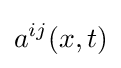
a^{ij}(x,t)